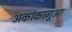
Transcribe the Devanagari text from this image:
अकांकागुआ